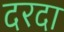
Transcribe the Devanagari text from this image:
दरदा